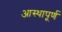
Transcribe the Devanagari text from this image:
आस्थापूर्ण